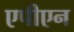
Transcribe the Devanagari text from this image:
एपीएन